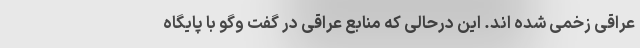
عراقی زخمی شده اند. این درحالی که منابع عراقی در گفت وگو با پایگاه